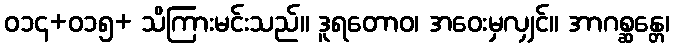
ဝ၁၄+ဝ၁၅+ သိကြားမင်းသည်။ ဒူရတောဝ၊ အဝေးမှလျှင်။ အာဂစ္ဆန္တေ၊